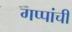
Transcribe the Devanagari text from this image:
गप्पांची